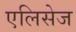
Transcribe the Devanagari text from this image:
एलिसेज